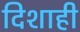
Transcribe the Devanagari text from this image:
दिशाही